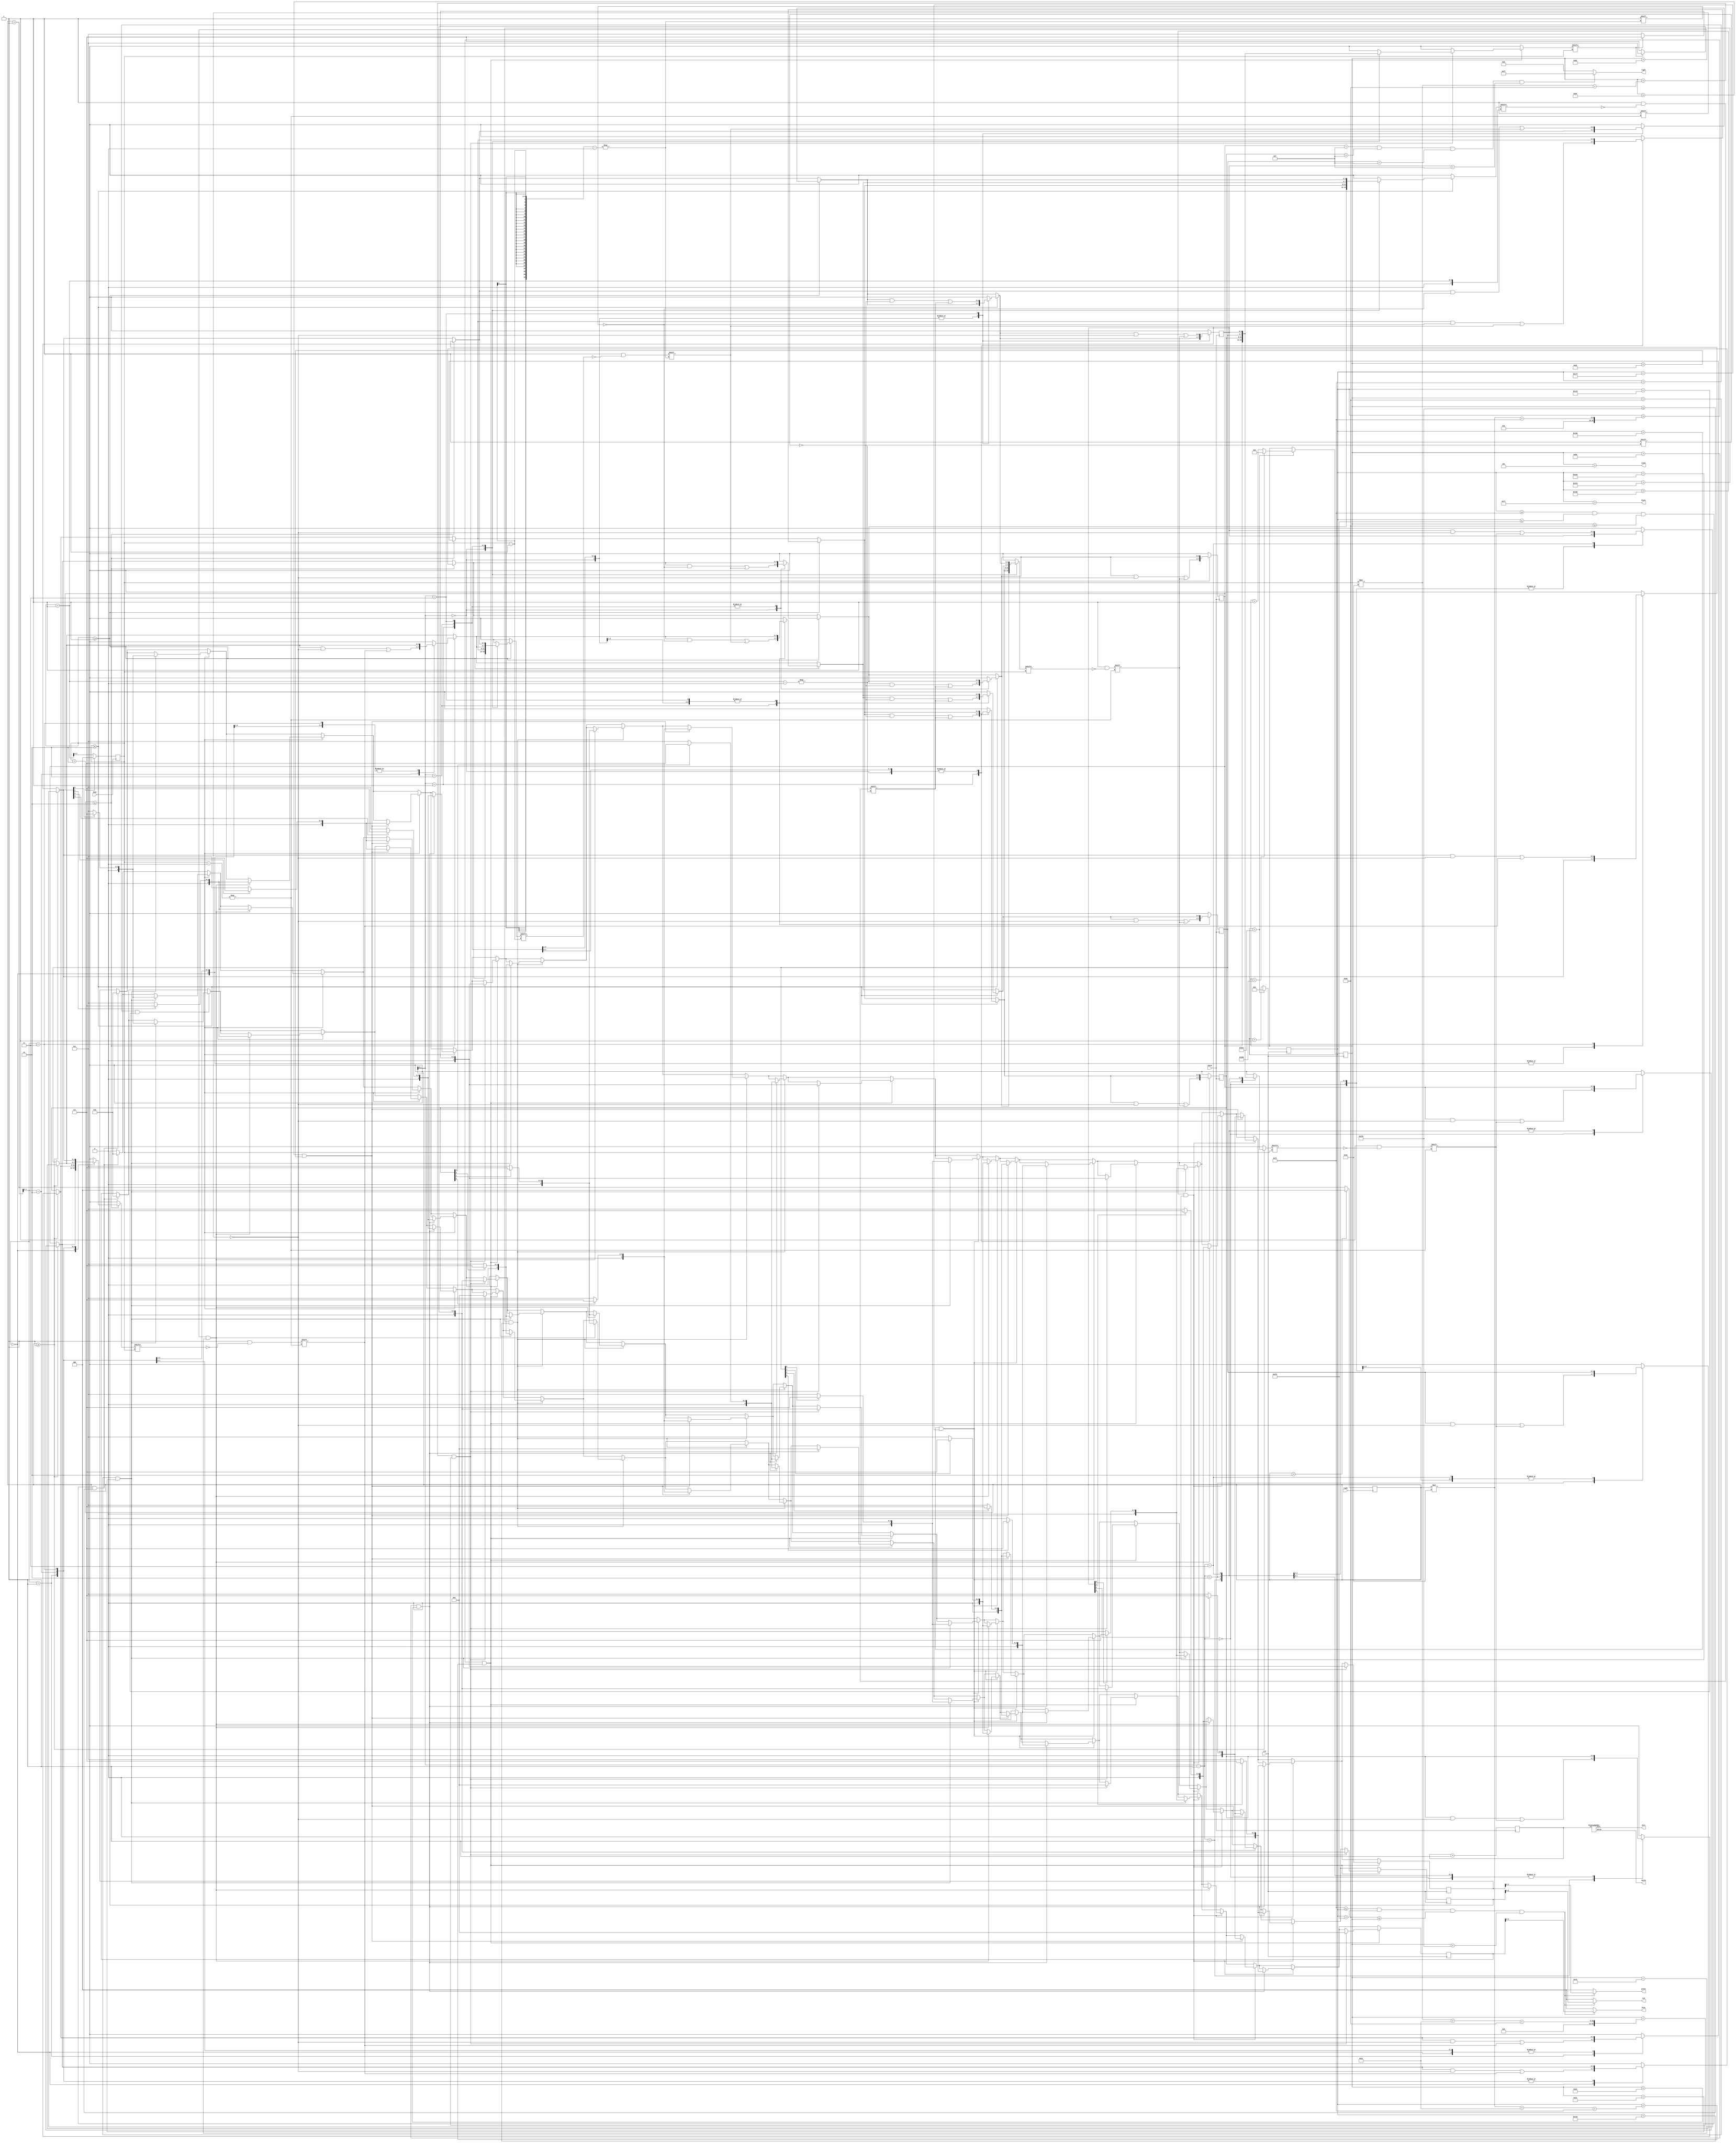
// This program was cloned from: https://github.com/Darkborderman/schoolWorks
// License: BSD 2-Clause "Simplified" License

module vga (
	output [7:0] light,
    input clk, // 50 MHz
	input down,
	input right,
	input check,
    output [2:0] red,
    output [2:0] green,
    output [2:0] blue,
    output hsync,vsync,
	output [6:0] out10,
	output [6:0] out1
);

reg [11:0] hcount;  // VGA horizontal counter
reg [10:0] vcount;  // VGA vertical counter

integer i,j;
integer pixelSize=30;
integer size=50;

reg [7:0] tries;
reg [3:0] map [0:3];
reg [2:0] selectX=2'd0;
reg [2:0] selectY=2'd0;
wire hcount_ov, vcount_ov, video_active;

displayNumber DISNUM (.in(tries),.out10(out10),.out1(out1));

// VGA mode parameters
parameter
    hsync_end   = 12'd119,
    hdat_begin  = 12'd242,
    hdat_end    = 12'd1266,
    hpixel_end  = 12'd1345,
    vsync_end   = 11'd5,
    vdat_begin  = 11'd32,
    vdat_end    = 11'd632,
    vline_end   = 11'd665;

always @(posedge clk)
begin 
    if (hcount_ov) hcount <= 12'd0;
    else hcount <= hcount + 12'd1;
end
assign hcount_ov = hcount == hpixel_end;

always @(posedge clk)
begin
    if (hcount_ov)
	 begin
        if (vcount_ov) vcount <= 11'd0;
        else vcount <= vcount + 11'd1;
	end
end
assign  vcount_ov = vcount == vline_end;

assign video_active = hdat_begin <= hcount && hcount < hdat_end &&
                      vdat_begin <= vcount && vcount < vdat_end;

assign hsync = hcount > hsync_end;
assign vsync = vcount > vsync_end;

reg [3:0] VGAr=7,VGAg=7,VGAb=7;

assign red= video_active ? VGAr : 3'b0;
assign blue= video_active ? VGAb :3'b0;
assign green= video_active ? VGAg : 3'b0;
assign light= (map[0]==4'b1111&&map[1]==4'b1111&&map[2]==4'b1111&&map[3]==4'b1111) ? 8'b11111111 : 8'b00000000;

//fowarding down
always @(posedge down)
begin
	if(down==1)
	begin
		if(selectY>2) selectY<=0;
		else selectY<=selectY+1;
	end
end

//forward right
always @ (posedge right)
begin
	if(right==1)
	begin
		if(selectX>2) selectX<=0;
		else selectX<=selectX+1;
	end
end

//press the light
always @ (posedge check)
begin
	if(check==1)
	begin
		if(selectX>=1) map[selectX-1][selectY]=~map[selectX-1][selectY];
		if(selectX<=2) map[selectX+1][selectY]=~map[selectX+1][selectY];
		if(selectY>=1) map[selectX][selectY-1]=~map[selectX][selectY-1];
		if(selectY<=2) map[selectX][selectY+1]=~map[selectX][selectY+1];
		map[selectX][selectY]=~map[selectX][selectY];
		tries<=tries+1;
	end
end

//generate game screen
always @(posedge clk)
begin
	//setup background
	if(hcount>=hdat_begin&&hcount<=hdat_end&&vcount>=vdat_begin&&vcount<=vdat_end)
	begin
		VGAr<=0;
		VGAb<=0;
		VGAg<=0;
	end
	//setup map
	for(i=0;i<=3;i=i+1)	
	begin
		for(j=0;j<=3;j=j+1)
		begin
			if(hcount>i*size+hdat_begin && hcount<i*size+pixelSize+hdat_begin)
			begin
				if(vcount>j*size+vdat_begin && vcount<j*size+pixelSize+vdat_begin)
				begin
					if(map[i][j]==1'b1)
					begin
						VGAr<=7;
						VGAb<=7;
						VGAg<=7;
					end
					else
					begin
						VGAr<=3;
						VGAb<=3;
						VGAg<=3;
					end
				end
			end
		end
		//setup player position
		if(hcount>selectX*size+hdat_begin && hcount<selectX*size+pixelSize+hdat_begin)
		begin
			if(vcount>selectY*size+vdat_begin && vcount<selectY*size+pixelSize+vdat_begin)
			begin
				if(map[selectX][selectY]==1)
				begin
					VGAr<=3;
					VGAb<=5;
					VGAg<=7;
				end
				else
				begin
					VGAr<=7;
					VGAb<=5;
					VGAg<=3;
				end
			end
		end
	end
end
endmodule

//displayer number of tries
module displayNumber(in,out10,out1);
//input number
input [7:0]in;
//out10 mean 10's, out1 mean 1's
output [6:0]out10;
output [6:0]out1;
reg [6:0]out10;
reg [6:0]out1;

always@(in)
begin
    case((in%100-in%10)/10)
        8'd0: out10=7'b1000000;
        8'd1: out10=7'b1111001;
        8'd2: out10=7'b0100100;
        8'd3: out10=7'b0110000;
        8'd4: out10=7'b0011001;
        8'd5: out10=7'b0010010;
        8'd6: out10=7'b0000010;
        8'd7: out10=7'b1011000;
        8'd8: out10=7'b0000000;
        8'd9: out10=7'b0010000;
    endcase
    case(in%10)
        8'd0: out1=7'b1000000;
        8'd1: out1=7'b1111001;
        8'd2: out1=7'b0100100;
        8'd3: out1=7'b0110000;
        8'd4: out1=7'b0011001;
        8'd5: out1=7'b0010010;
        8'd6: out1=7'b0000010;
        8'd7: out1=7'b1011000;
        8'd8: out1=7'b0000000;
        8'd9: out1=7'b0010000;
    endcase
end
endmodule